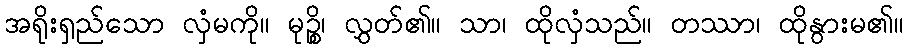
အရိုးရှည်သော လှံမကို။ မုဉ္စိ၊ လွှတ်၏။ သာ၊ ထိုလှံသည်။ တဿာ၊ ထိုနွားမ၏။